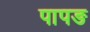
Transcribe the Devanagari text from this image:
पापङ